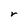
Character: r